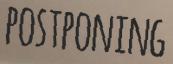
POSTPONING